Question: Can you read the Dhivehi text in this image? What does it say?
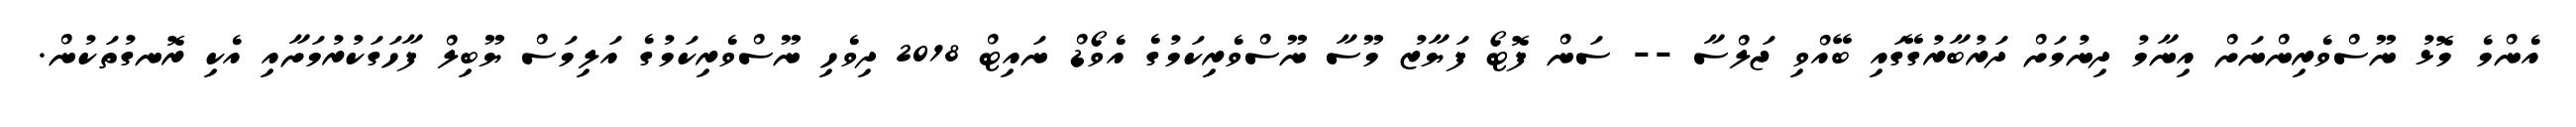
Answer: އެންމެ މޮޅު ނޫސްވެރިންނަށް އިނާމު ދިނުމަށް ދަރުބާރުގޭގައި ބޭއްވި ޖަލްސާ -- ސަން ފޮޓޯ ފަޔާޒު މޫސާ ނޫސްވެރިކަމުގެ އެވޯޑް ނައިޓް 2018 ދިވެހި ނޫސްވެރިކަމުގެ އަލިމަސް ޔޫބިލް ފާހަގަކުރުމަށާއި އެކި ރޮނގުތަކުން.